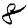
Digit: 8